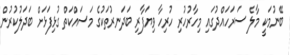
ބޭނުމަކީ މާލެ ސަރަހައްދުގައި މިހާރުހުރި ހުރިހާ ވިޔަފާރި ބަދަނރުތަކުގެ މަސައްކަތް ގުޅިފަޅަށް ބަދަލުކުރުން